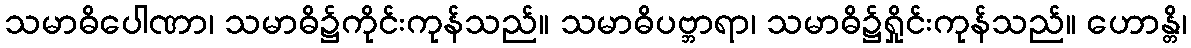
သမာဓိပေါဏာ၊ သမာဓိ၌ကိုင်းကုန်သည်။ သမာဓိပဗ္ဘာရာ၊ သမာဓိ၌ရှိုင်းကုန်သည်။ ဟောန္တိ၊